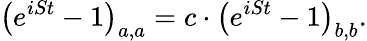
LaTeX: \left(e^{iSt}-1\right)_{a,a}=c\cdot\left(e^{iSt}-1\right)_{b,b}.